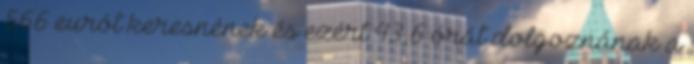
566 eurót keresnének és ezért 43,6 órát dolgoznának a